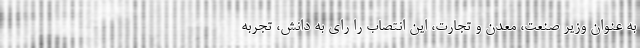
به عنوان وزیر صنعت، معدن و تجارت، این انتصاب را رای به دانش‌، تجربه